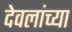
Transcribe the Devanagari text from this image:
देवलांच्या